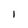
Character: 1